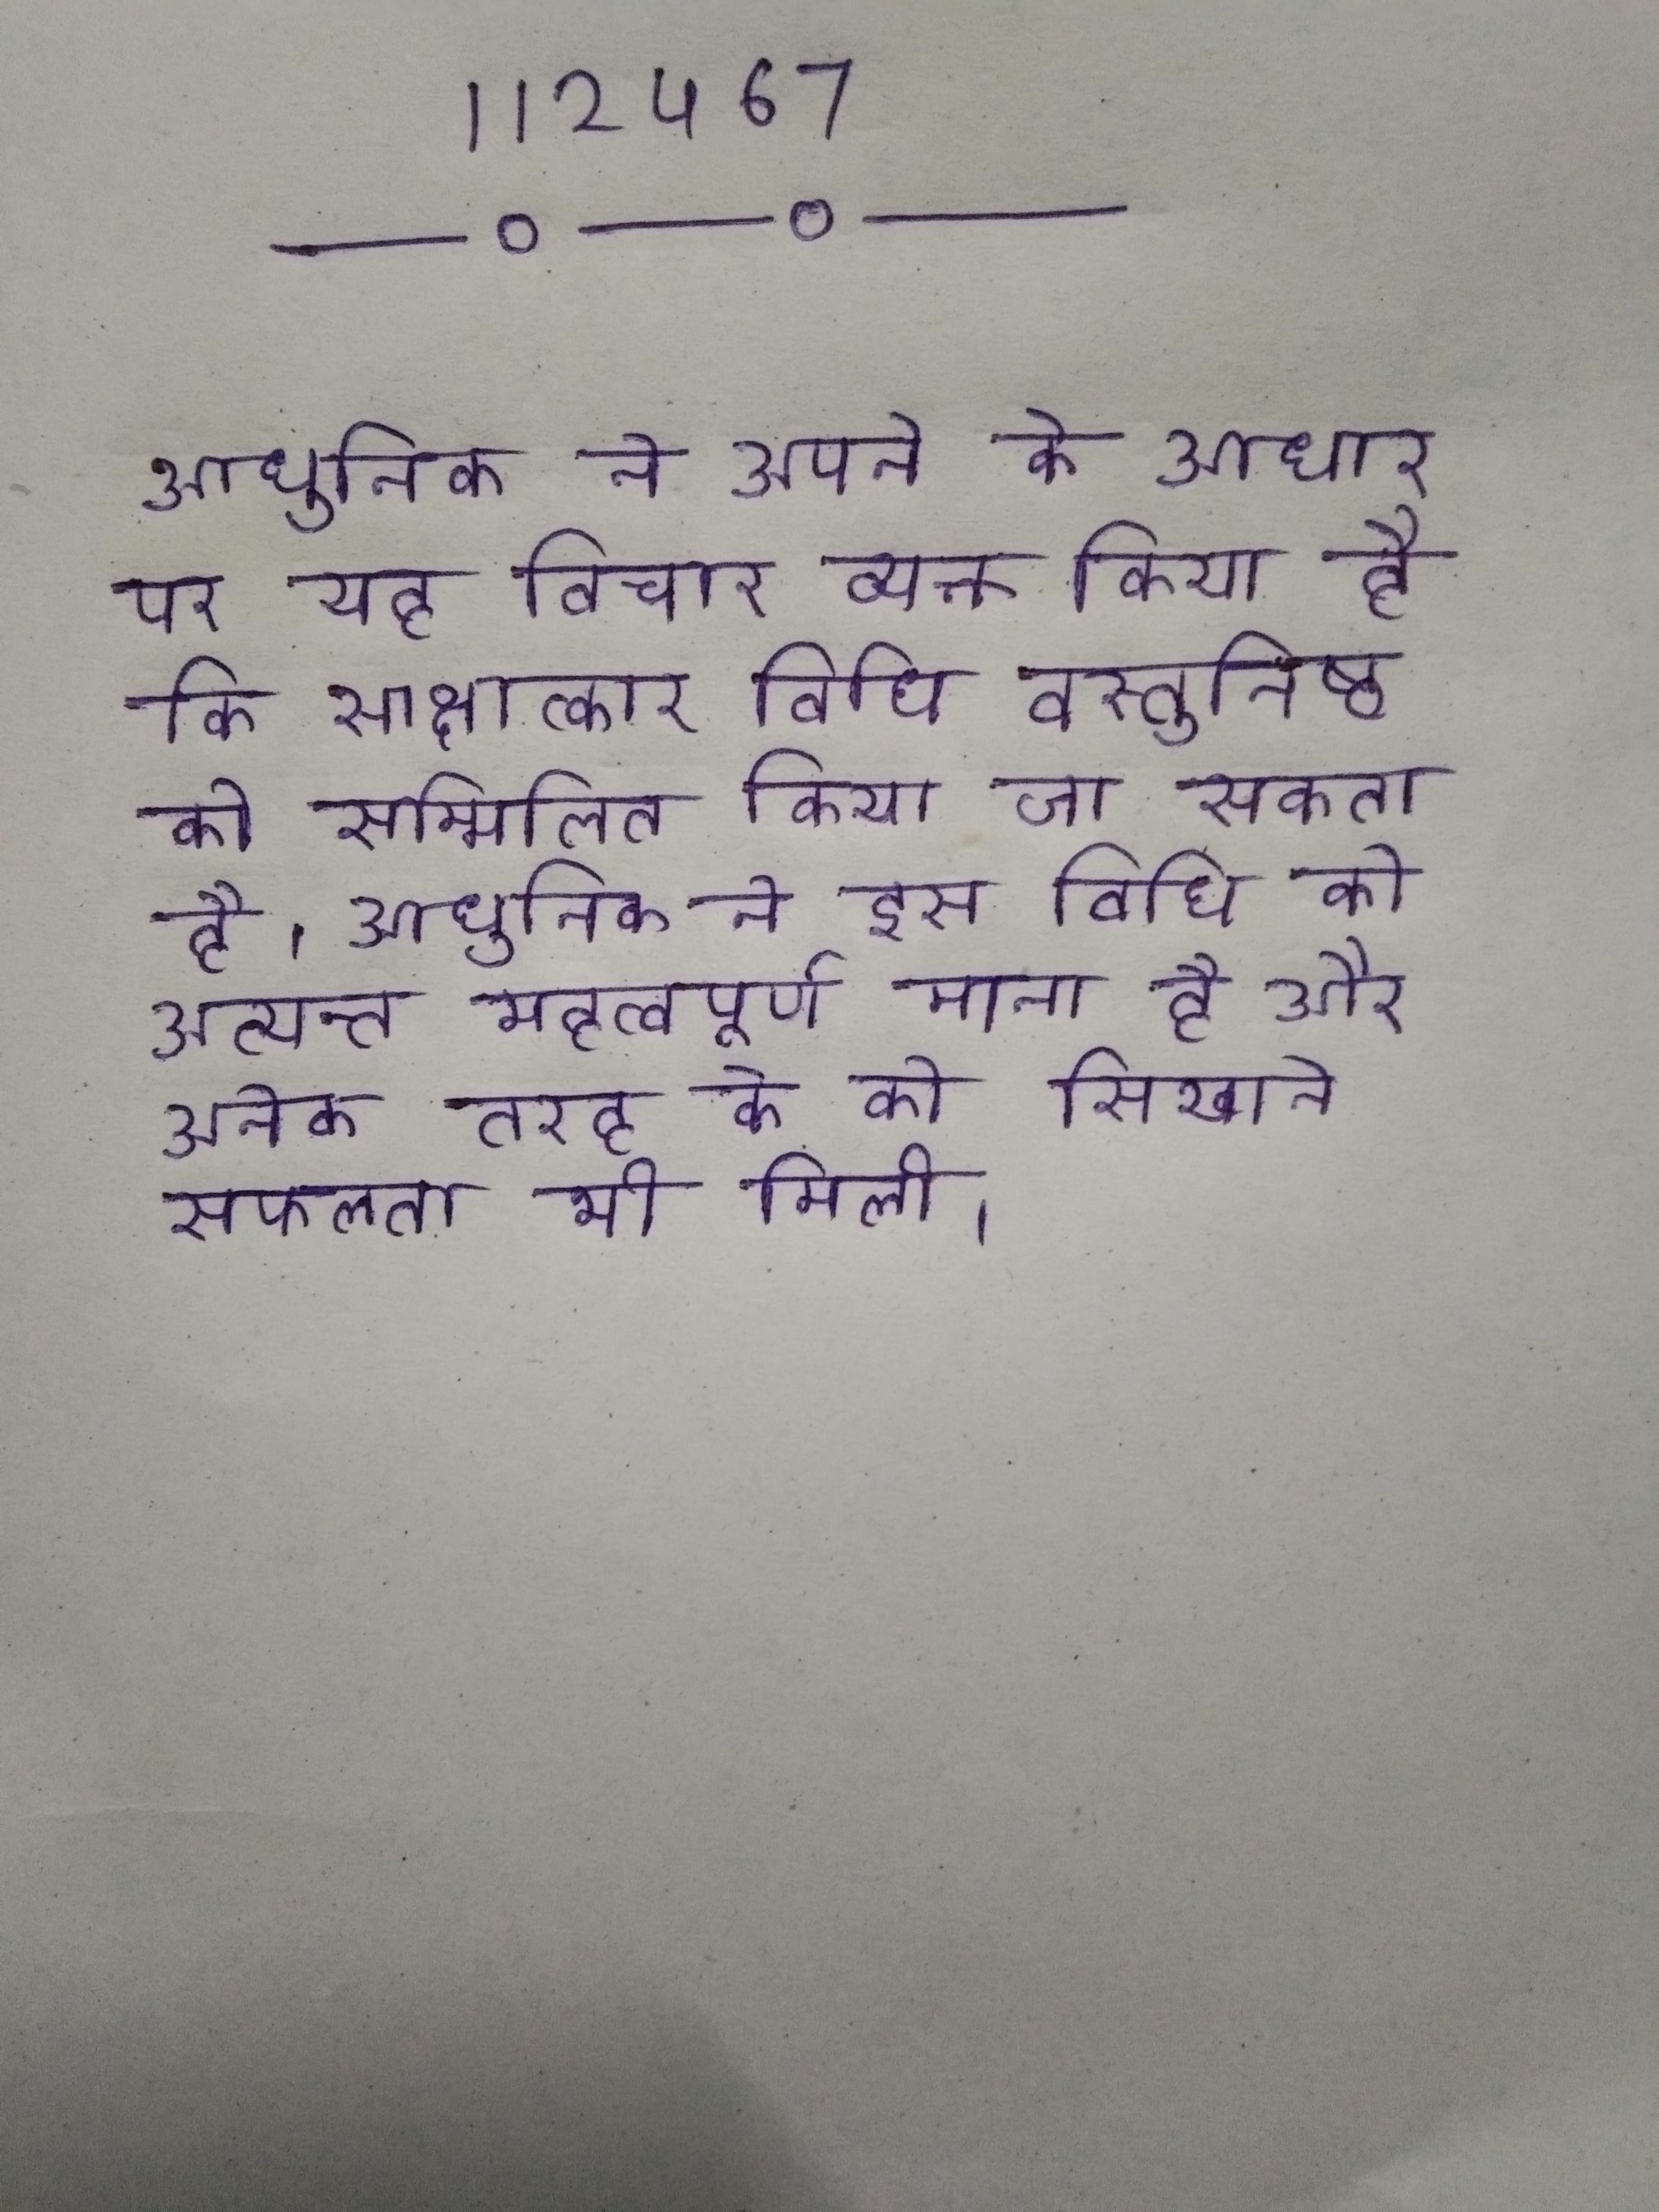
आधुनिक ने अपने के आधार पर यह विचार व्यक्त किया है कि साक्षात्कार विधि वस्तुनिष्ठ को सम्मिलित किया जा सकता है । आधुनिक ने इस विधि को अत्यन्त महत्वपूर्ण माना है और अनेक तरह के को सिखाने सफलता भी मिली ।